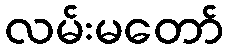
လမ်းမတော်